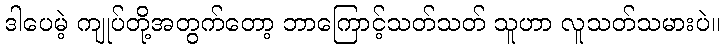
ဒါပေမဲ့ ကျုပ်တို့အတွက်တော့ ဘာကြောင့်သတ်သတ် သူဟာ လူသတ်သမားပဲ။